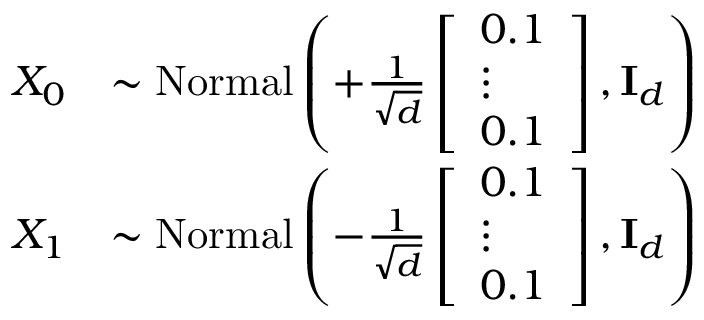
\begin{array} { r l } { X _ { 0 } } & { \sim \mathrm { N o r m a l } \left( \begingroup + \frac { 1 } { \sqrt { d } } \left[ \begin{array} { l } { 0 . 1 } \\ { \vdots } \\ { 0 . 1 } \end{array} \right] \endgroup , \mathbf { I } _ { d } \right) } \\ { X _ { 1 } } & { \sim \mathrm { N o r m a l } \left( \begingroup - \frac { 1 } { \sqrt { d } } \left[ \begin{array} { l } { 0 . 1 } \\ { \vdots } \\ { 0 . 1 } \end{array} \right] \endgroup , \mathbf { I } _ { d } \right) } \end{array}